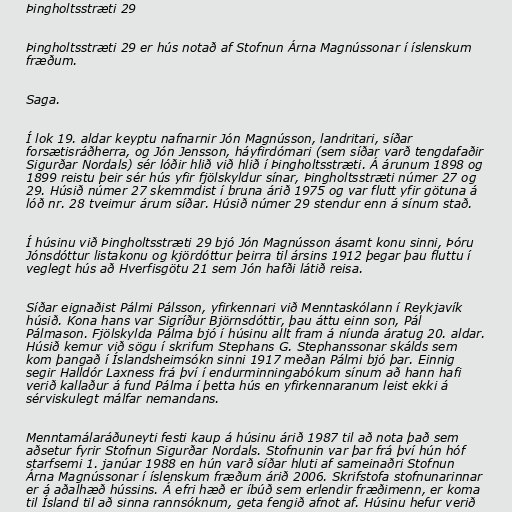
Þingholtsstræti 29

Þingholtsstræti 29 er hús notað af Stofnun Árna Magnússonar í íslenskum
fræðum.

Saga.

Í lok 19. aldar keyptu nafnarnir Jón Magnússon, landritari, síðar
forsætisráðherra, og Jón Jensson, háyfirdómari (sem síðar varð tengdafaðir
Sigurðar Nordals) sér lóðir hlið við hlið í Þingholtsstræti. Á árunum 1898 og
1899 reistu þeir sér hús yfir fjölskyldur sínar, Þingholtsstræti númer 27 og
29. Húsið númer 27 skemmdist í bruna árið 1975 og var flutt yfir götuna á
lóð nr. 28 tveimur árum síðar. Húsið númer 29 stendur enn á sínum stað.

Í húsinu við Þingholtsstræti 29 bjó Jón Magnússon ásamt konu sinni, Þóru
Jónsdóttur listakonu og kjördóttur þeirra til ársins 1912 þegar þau fluttu í
veglegt hús að Hverfisgötu 21 sem Jón hafði látið reisa.

Síðar eignaðist Pálmi Pálsson, yfirkennari við Menntaskólann í Reykjavík
húsið. Kona hans var Sigríður Björnsdóttir, þau áttu einn son, Pál
Pálmason. Fjölskylda Pálma bjó í húsinu allt fram á níunda áratug 20. aldar.
Húsið kemur við sögu í skrifum Stephans G. Stephanssonar skálds sem
kom þangað í Íslandsheimsókn sinni 1917 meðan Pálmi bjó þar. Einnig
segir Halldór Laxness frá því í endurminningabókum sínum að hann hafi
verið kallaður á fund Pálma í þetta hús en yfirkennaranum leist ekki á
sérviskulegt málfar nemandans.

Menntamálaráðuneyti festi kaup á húsinu árið 1987 til að nota það sem
aðsetur fyrir Stofnun Sigurðar Nordals. Stofnunin var þar frá því hún hóf
starfsemi 1. janúar 1988 en hún varð síðar hluti af sameinaðri Stofnun
Árna Magnússonar í íslenskum fræðum árið 2006. Skrifstofa stofnunarinnar
er á aðalhæð hússins. Á efri hæð er íbúð sem erlendir fræðimenn, er koma
til Ísland til að sinna rannsóknum, geta fengið afnot af. Húsinu hefur verið